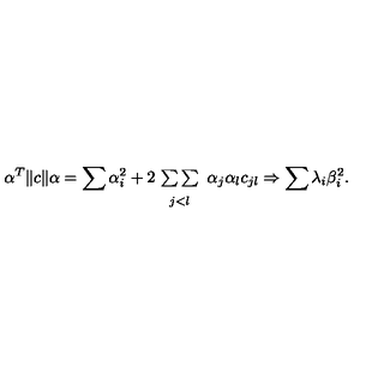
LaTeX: \alpha ^ { T } \| c \| \alpha = \sum \alpha _ { i } ^ { 2 } + 2 \! \begin{array} { c } { { } } \\ { { \sum \sum } } \\ { { } _ { j < l } } \\ \end{array} \alpha _ { j } \alpha _ { l } c _ { j l } \Rightarrow \sum \lambda _ { i } \beta _ { i } ^ { 2 } .